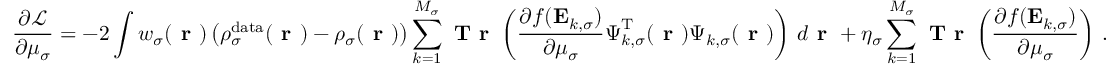
\frac { \partial \mathcal { L } } { \partial \mu _ { \sigma } } = - 2 \int w _ { \sigma } ( \boldsymbol { \textbf { r } } ) \left( \rho _ { \sigma } ^ { \mathrm { d a t a } } ( \boldsymbol { \textbf { r } } ) - \rho _ { \sigma } ( \boldsymbol { \textbf { r } } ) \right) \sum _ { k = 1 } ^ { M _ { \sigma } } \textbf { T r } \left( \frac { \partial f ( \mathbf { E } _ { k , \sigma } ) } { \partial \mu _ { \sigma } } \boldsymbol { \Psi } _ { k , \sigma } ^ { \mathrm { T } } ( \boldsymbol { \textbf { r } } ) \boldsymbol { \Psi } _ { k , \sigma } ( \boldsymbol { \textbf { r } } ) \right) \, d \boldsymbol { \textbf { r } } + \eta _ { \sigma } \sum _ { k = 1 } ^ { M _ { \sigma } } \textbf { T r } \left( \frac { \partial f ( \mathbf { E } _ { k , \sigma } ) } { \partial \mu _ { \sigma } } \right) \, .